Bréfritari: Þórunn Pálsdóttir
Viðtakandi: Páll Pálsson
Dagsetning: A-1855-09-14
Skrifað á: Hallfreðarstöðum  N-Múl.
Páll var bróðir Þórunnar

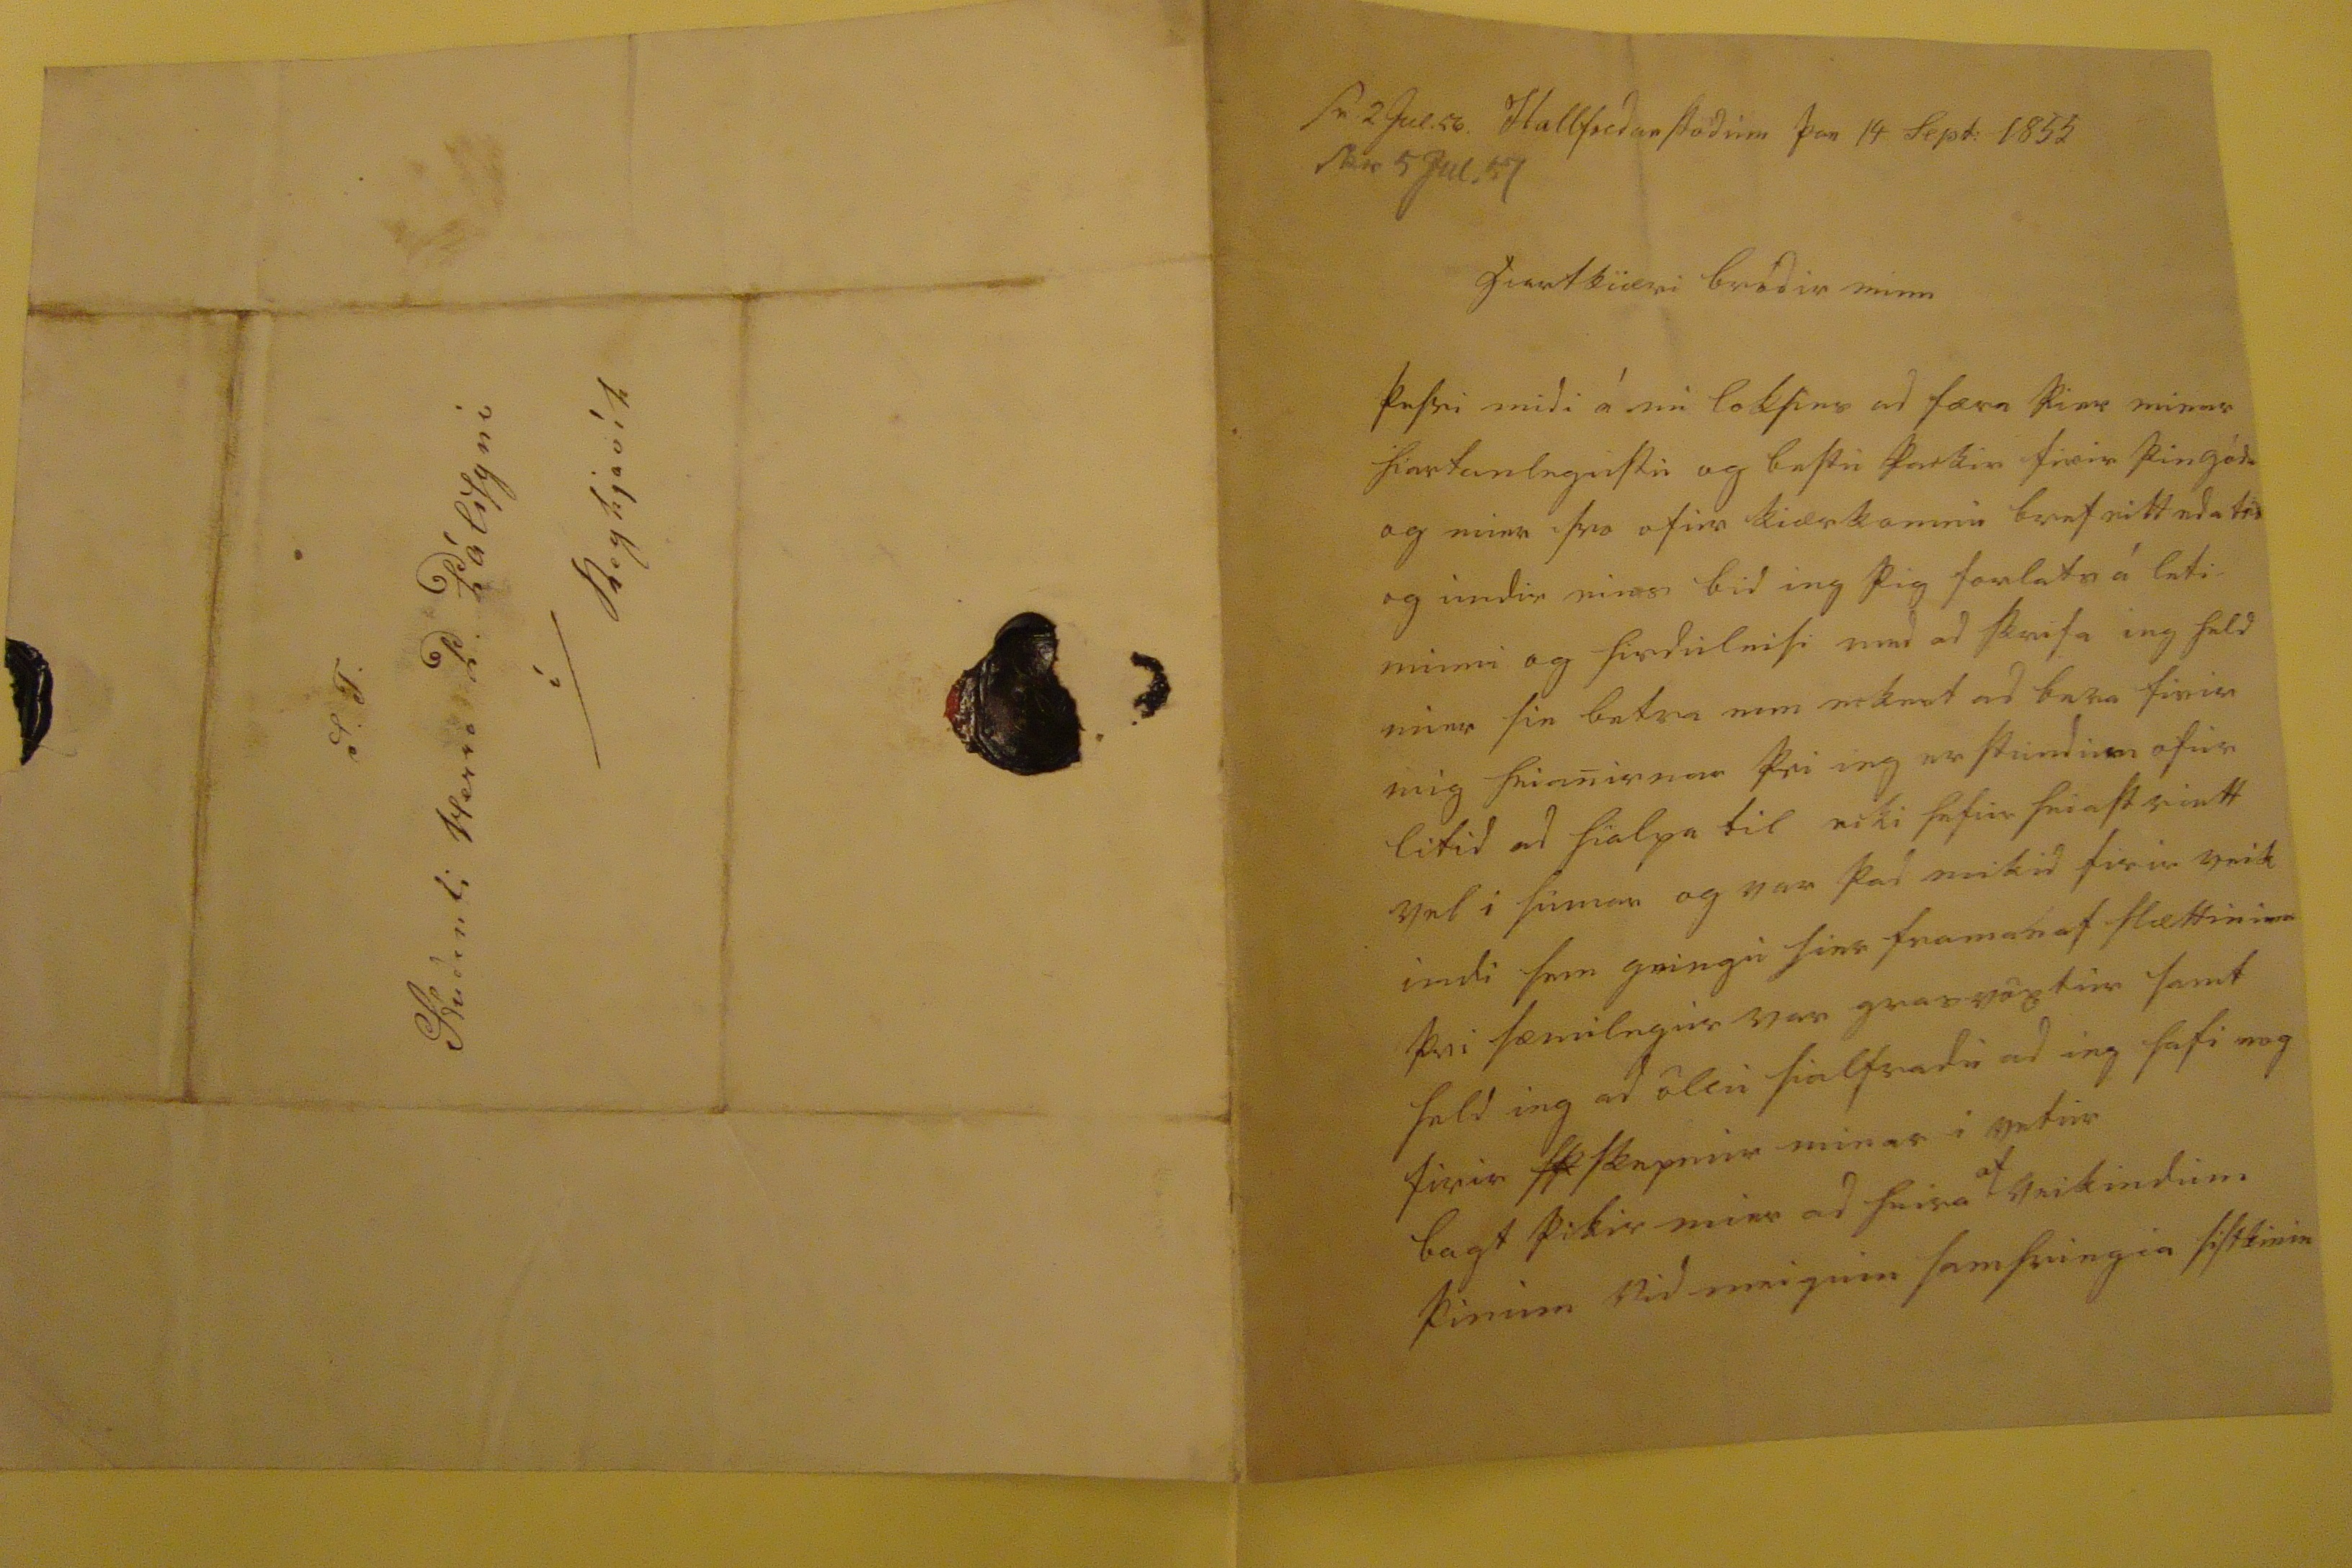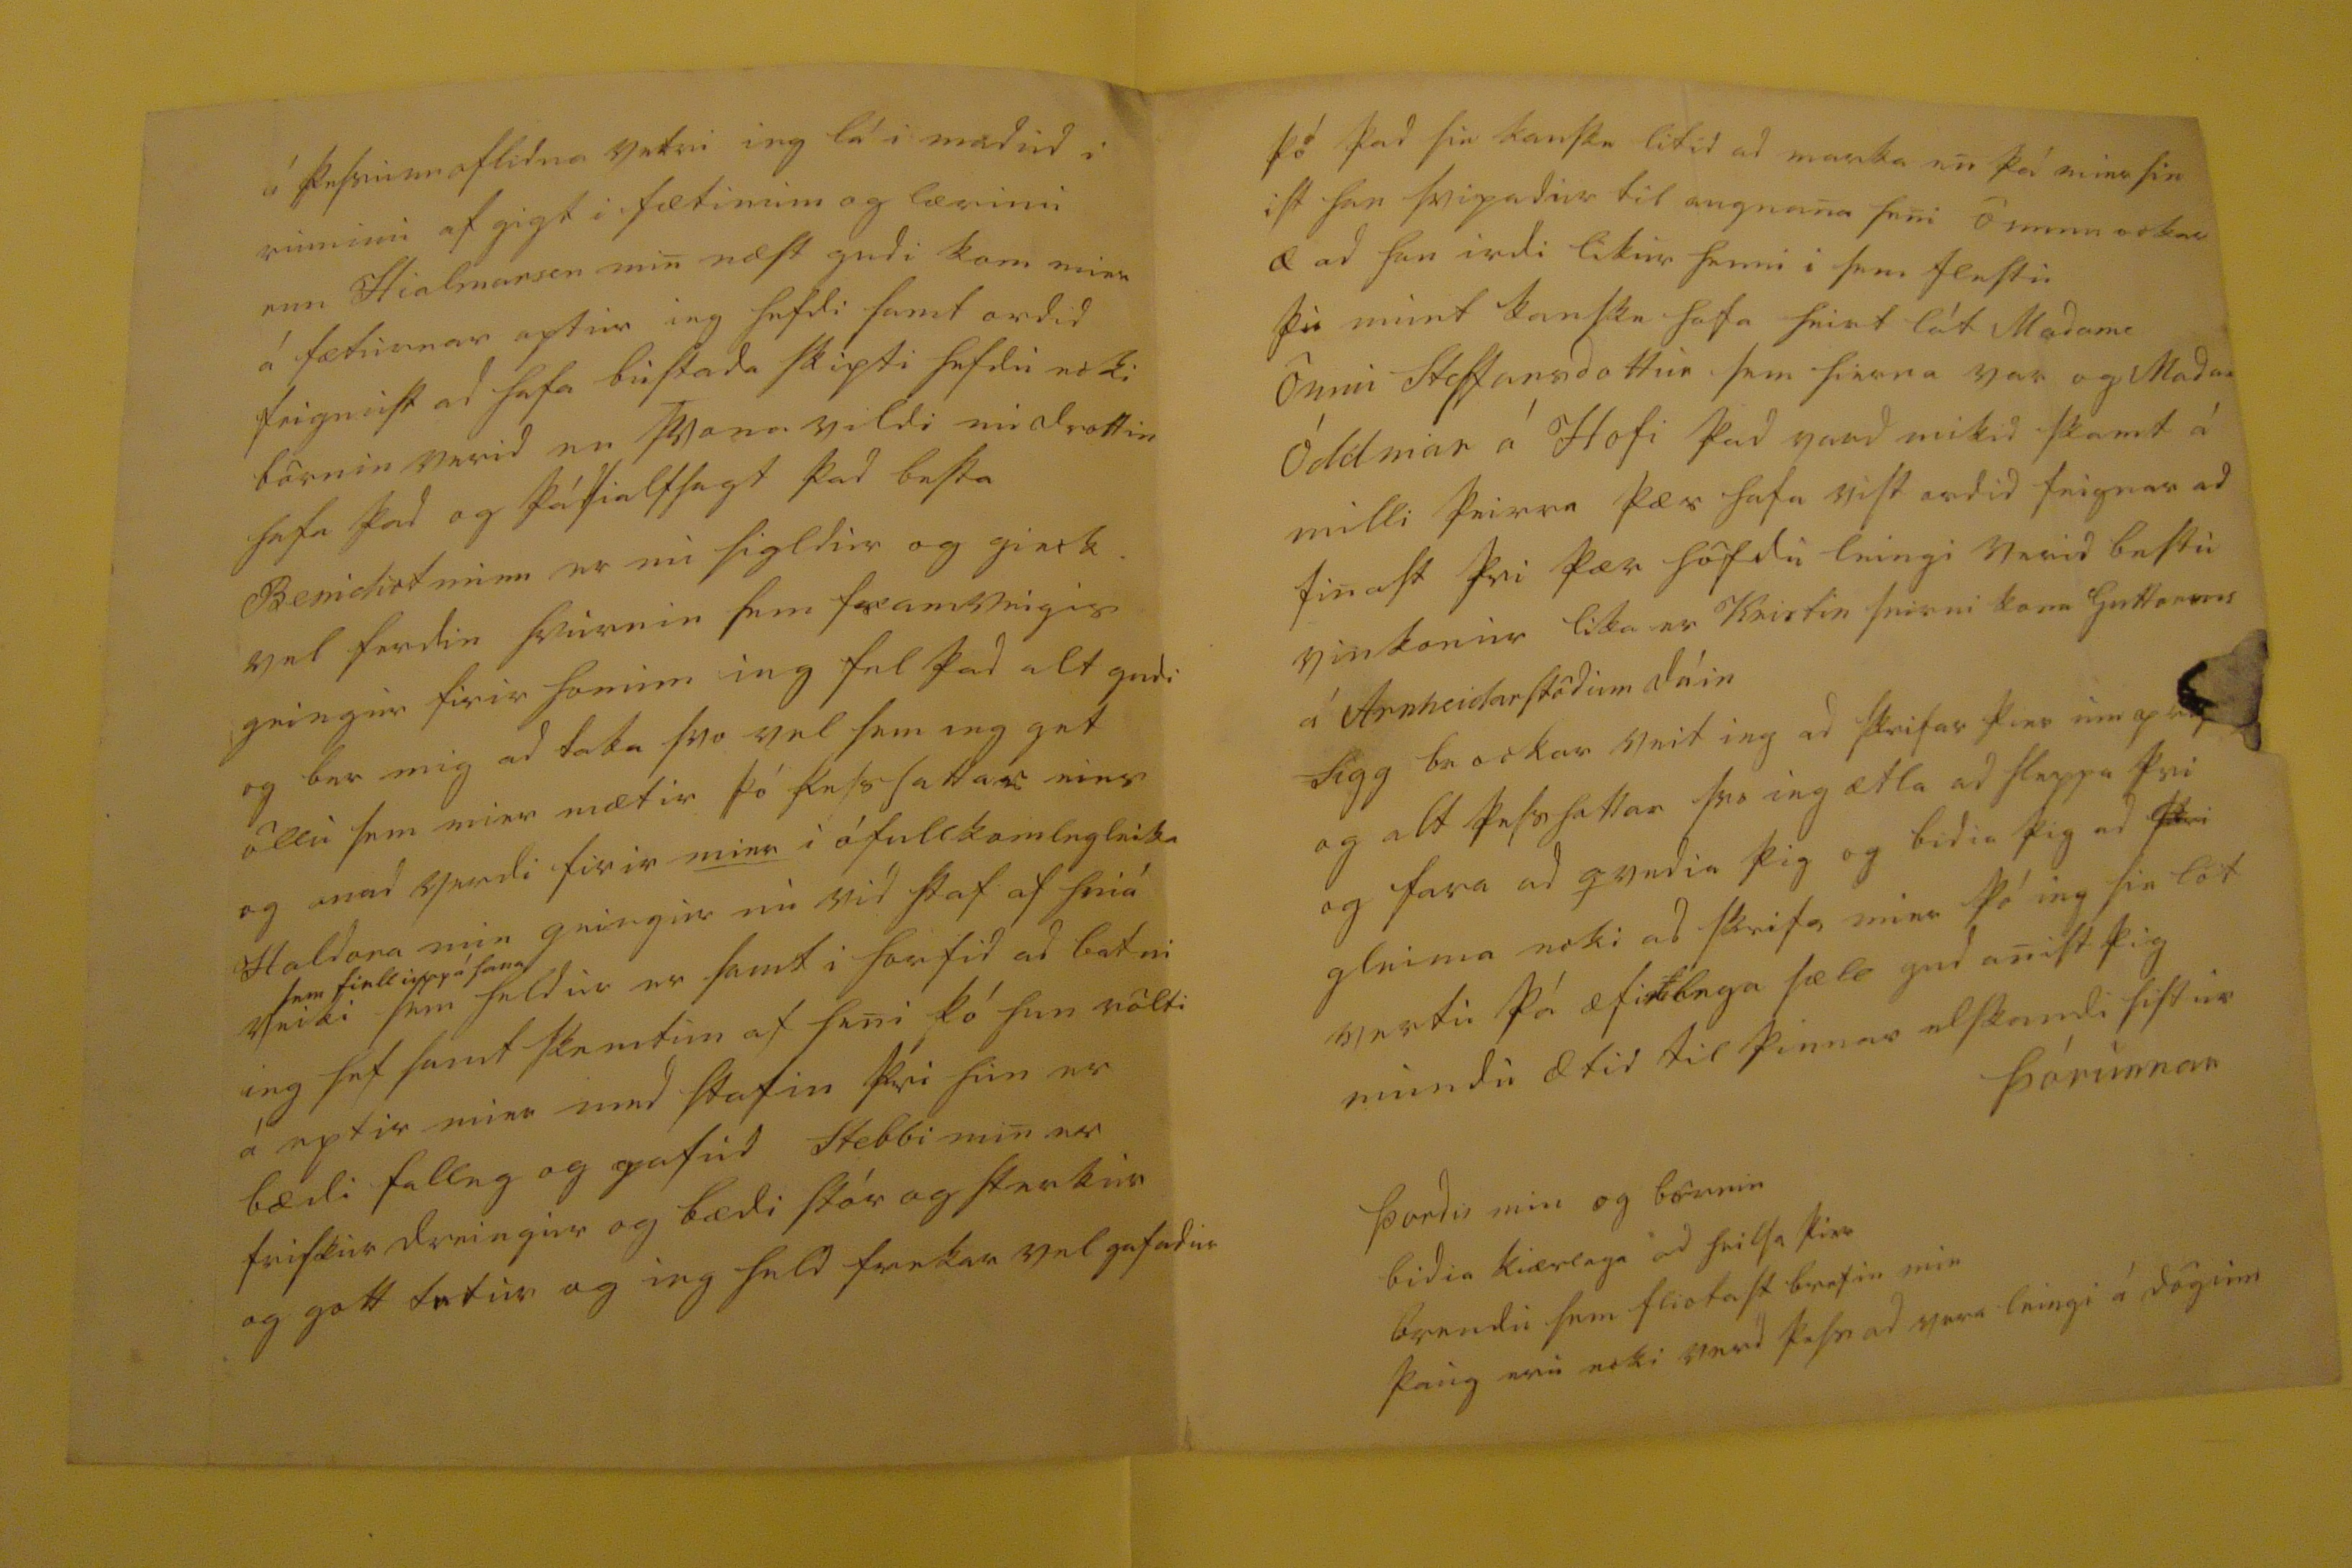

s0. 2 Jul.56. skr 5 Jul.57
Hallfredarstödum þan 14 Sept: 1855
hiartkiæri brodir minn
þessi midi á nu loksins ad færa þier minar hiartanlegustu og bestu þackir firir þin gódu og mier svo ofur kiærkomnu bref eitt eda tvö og undir eins bid ieg þig forlats á leti minni og hirduleisi med ad skrifa ieg held mier sie betur enn eckert ad bera firir mig heianirnar þvi ieg er stundum ofur litid ad hialpa til ecki hefur heiast riett vel i sumar og var þad mikid firir veik indi sem geingu hier framan af slættinum þvi sæmilegur var grasvöxtur samt held ieg ad öllu sialfradi ad ieg hafi nog firir
sk
skepnur minar i vetur bagt þikir mier ad heira
af
veikindum þinum vid meigum samhringia sistkinin
á þessum aflidna vetri ieg lá i
madud
i ruminu af gigt i fætinum og lærinu enn Hialmarson min næst gudi kom mier á fæturnar aptur ieg hefdi samt ordid feignust ad hafa bustada skipti hefdu ecki börnin verid en svona vildi nu drottin hafa þad og þá sialfsagt þad besta Benidict minn er nu sigldur og gieck vel ferdin hvurnin sem framveigis geingur firir honum ieg fel þad alt gudi og ber mig ad taka svo vel sem ieg get öllu sem mier mætir þó þess hattar eins og anad verdi firir mier i ófullkomlegleika Haldora min geingur nu vid staf af hniá veiki
sem
fiell
upp á hana
sem heldur er samt i horfid ad batni ieg hef samt skemtun af heni þó hun rölti á eptir mier med stafin þvi hun er bædi falleg og gafud Stebbi min er friskur dreingur og bædi stór og sterkur og gott betur og ieg held frekar vel gafadur
þó þad sie kanski
e
litid ad marka en þá mier sin ist han svipadur til augnana sem ömmu ockar æ ad han irdi likur henni i sem flestu þu munt kanske hafa heirt lát Madame önnu Steffansdottur sem hierna var og Madam Óddniar á Hofi þad vard mikid skamt á milli þeirra þær hafa vist ordid feignar ad sinast þvi þær höfdu leingi verid bestu vinkonur lika er Kristin seirni kona Guttorms á Arnheidarstödum dáin Sigg br ockar veit ieg ad skrifar þier
enn apt
og alt þess hattar svo ieg ætla ad sleppa þvi og fara ad qvedia þig og bidia þig ad
þvi
gleima ecki ad skrifa mier þó ieg sie löt vertu þá æfinlega sæll gud anist þig
mundu ætid til þinnar elskandi sistur Þórunnar
Þordis min og börnin bidia kiærlega ad heilsa þier brendu sem fliotast brefin min þaug eru ecki verd þess ad vera leingi á dögum
S. T: Studenti Herra P. Pálssyni í Reykjavík